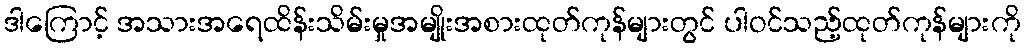
ဒါကြောင့် အသားအရေထိန်းသိမ်းမှုအမျိုးအစားထုတ်ကုန်များတွင် ပါဝင်သည့်ထုတ်ကုန်များကို